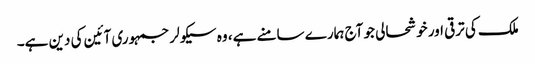
ملک کی ترقی اور خوشحالی جو آج ہمارے سامنے ہے، وہ سیکولر جمہوری آئین کی دین ہے۔